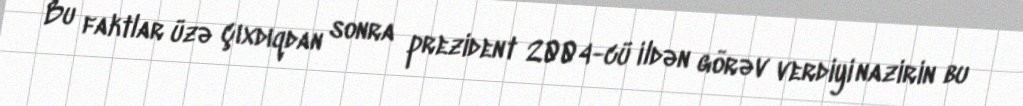
Bu faktlar üzə çıxdıqdan sonra prezident 2004-cü ildən görəv verdiyi nazirin bu